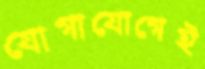
যোগাযোগেই